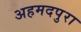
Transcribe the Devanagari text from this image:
अहमदपुरा